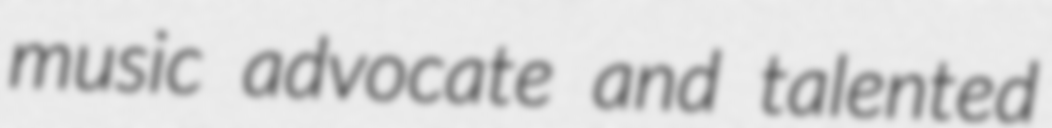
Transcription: music advocate and talented